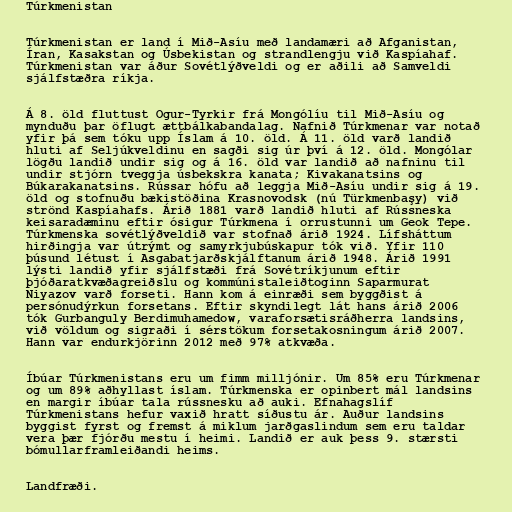
Túrkmenistan

Túrkmenistan er land í Mið-Asíu með landamæri að Afganistan,
Íran, Kasakstan og Úsbekistan og strandlengju við Kaspíahaf.
Túrkmenistan var áður Sovétlýðveldi og er aðili að Samveldi
sjálfstæðra ríkja.

Á 8. öld fluttust Ogur-Tyrkir frá Mongólíu til Mið-Asíu og
mynduðu þar öflugt ættbálkabandalag. Nafnið Túrkmenar var notað
yfir þá sem tóku upp Íslam á 10. öld. Á 11. öld varð landið
hluti af Seljúkveldinu en sagði sig úr því á 12. öld. Mongólar
lögðu landið undir sig og á 16. öld var landið að nafninu til
undir stjórn tveggja úsbekskra kanata; Kivakanatsins og
Búkarakanatsins. Rússar hófu að leggja Mið-Asíu undir sig á 19.
öld og stofnuðu bækistöðina Krasnovodsk (nú Türkmenbaşy) við
strönd Kaspíahafs. Árið 1881 varð landið hluti af Rússneska
keisaradæminu eftir ósigur Túrkmena í orrustunni um Geok Tepe.
Túrkmenska sovétlýðveldið var stofnað árið 1924. Lífsháttum
hirðingja var útrýmt og samyrkjubúskapur tók við. Yfir 110
þúsund létust í Asgabatjarðskjálftanum árið 1948. Árið 1991
lýsti landið yfir sjálfstæði frá Sovétríkjunum eftir
þjóðaratkvæðagreiðslu og kommúnistaleiðtoginn Saparmurat
Niyazov varð forseti. Hann kom á einræði sem byggðist á
persónudýrkun forsetans. Eftir skyndilegt lát hans árið 2006
tók Gurbanguly Berdimuhamedow, varaforsætisráðherra landsins,
við völdum og sigraði í sérstökum forsetakosningum árið 2007.
Hann var endurkjörinn 2012 með 97% atkvæða.

Íbúar Túrkmenistans eru um fimm milljónir. Um 85% eru Túrkmenar
og um 89% aðhyllast íslam. Túrkmenska er opinbert mál landsins
en margir íbúar tala rússnesku að auki. Efnahagslíf
Túrkmenistans hefur vaxið hratt síðustu ár. Auður landsins
byggist fyrst og fremst á miklum jarðgaslindum sem eru taldar
vera þær fjórðu mestu í heimi. Landið er auk þess 9. stærsti
bómullarframleiðandi heims.

Landfræði.